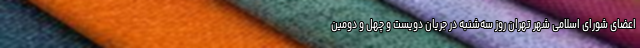
اعضای شورای اسلامی شهر تهران روز سه‌شنبه در جریان دویست و چهل و دومین